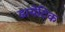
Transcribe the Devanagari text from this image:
डायेटिक